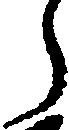
う